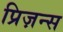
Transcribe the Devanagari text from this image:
प्रिज़न्स